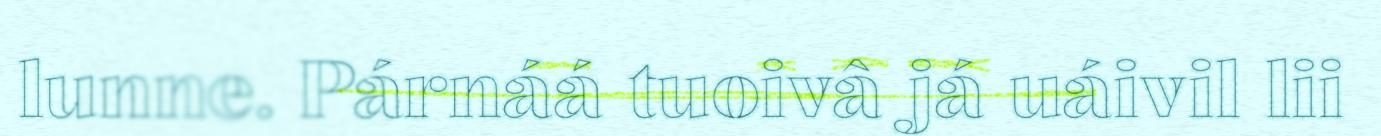
lunne. Párnáá tuoivâ já uáivil lii